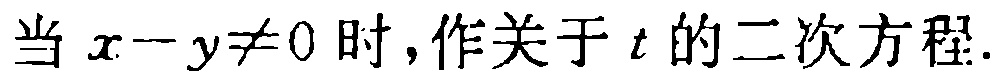
当 \(x - y \neq 0\) 时，作关于 \(t\) 的二次方程.